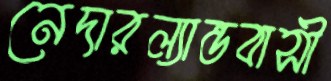
নেদারল্যান্ডবাসী